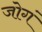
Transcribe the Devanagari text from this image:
जोगं